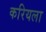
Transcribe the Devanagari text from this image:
करियला